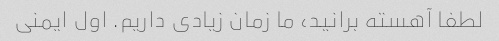
لطفا آهسته برانید، ما زمان زیادی داریم. اول ایمنی